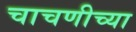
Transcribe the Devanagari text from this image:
चाचणीच्या